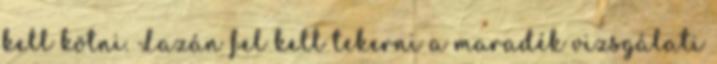
kell kötni. Lazán fel kell tekerni a maradék vizsgálati